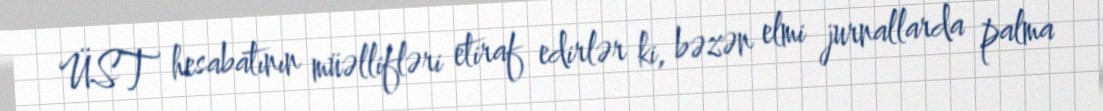
ÜST hesabatının müəllifləri etiraf edirlər ki, bəzən elmi jurnallarda palma